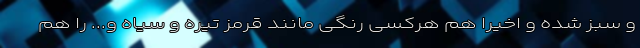
و سبز شده و اخیراً هم هرکسی رنگی مانند قرمز تیره و سیاه و... را هم